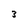
Character: 3